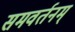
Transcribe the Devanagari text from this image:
समवर्तनम्